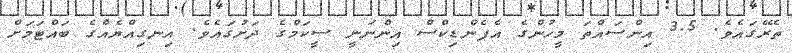
ތެރޭގައެވެ. 3.5 އިންސައްތަ މީހުންގެ އެޕެންޑިކްސް އިންނަނީ ސީކަމްގެ ދަށުގައެވެ. އިނގިއްޔެއްގެ ބައްޓަމަށް